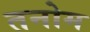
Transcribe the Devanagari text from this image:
तनोम